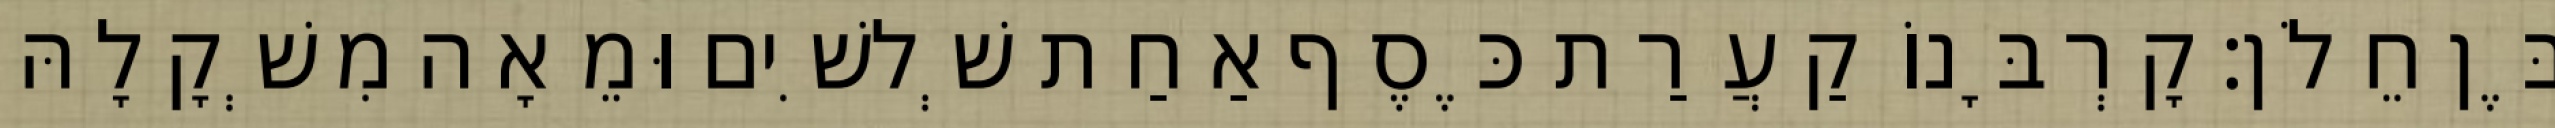
בֶּן חֵלֹן׃ קָרְבָּנוֹ קַעֲרַת כֶּסֶף אַחַת שְׁלשִׁים וּמֵאָה מִשְׁקָלָהּ